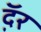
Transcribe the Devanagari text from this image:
दॅ़र